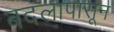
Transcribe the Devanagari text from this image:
बदलापासून